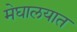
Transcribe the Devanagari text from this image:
मेघालयात